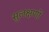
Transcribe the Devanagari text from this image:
सुलक्षणों